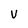
Character: V